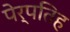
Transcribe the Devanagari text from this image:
पेर्पतिह